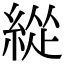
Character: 緃